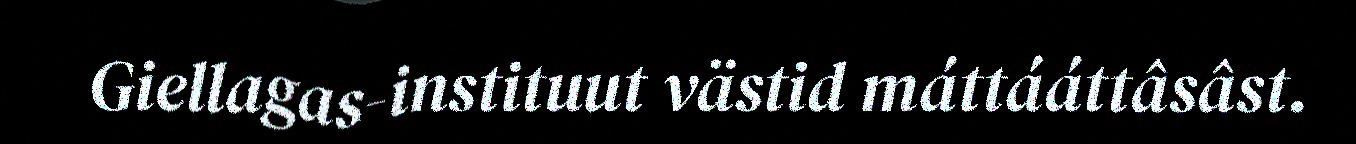
Giellagas-instituut västid máttááttâsâst.